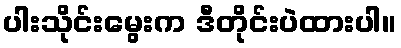
ပါးသိုင်းမွေးက ဒီတိုင်းပဲထားပါ။